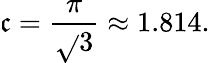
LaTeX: \mathfrak{c}={\frac{{\pi}}{{\sqrt{}{{3}}}}}\approx1.814.